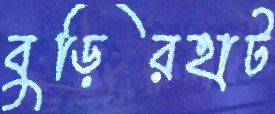
বুড়িরহাট